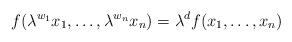
LaTeX: \begin{align*}f(\lambda^{w_1}x_1, \ldots, \lambda^{w_n}x_n)=\lambda^d f(x_1, \ldots, x_n)\end{align*}